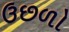
ઉછળો